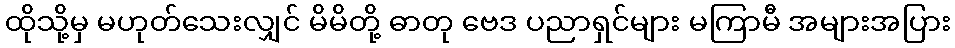
ထိုသို့မှ မဟုတ်သေးလျှင် မိမိတို့ ဓာတု ဗေဒ ပညာရှင်များ မကြာမီ အများအပြား